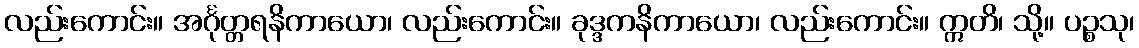
လည်းကောင်း။ အင်္ဂုတ္တရနိကာယော၊ လည်းကောင်း။ ခုဒ္ဒကနိကာယော၊ လည်းကောင်း။ ဣတိ၊ သို့။ ပဉ္စသု၊